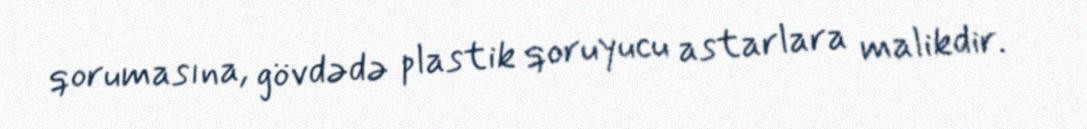
qorumasına, gövdədə plastik qoruyucu astarlara malikdir.